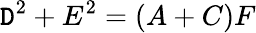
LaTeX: \mathtt{D}^{2}+E^{2}=(A+C)F